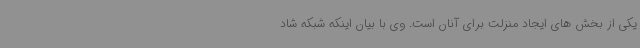
یکی از بخش های ایجاد منزلت برای آنان است. وی با بیان اینکه شبکه شاد